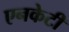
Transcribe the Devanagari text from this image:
एनकेटी